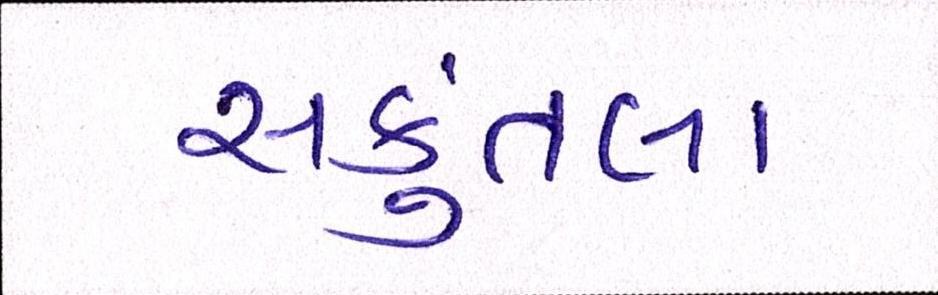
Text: સકુંતલા